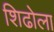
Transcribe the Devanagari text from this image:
शिढोला